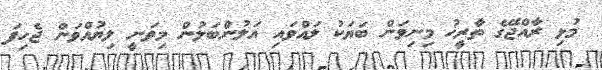
މުޅި ރާއްޖޭގެ ތާރީޚު މިނިވަން ބަޔަކު ލައްވައި އަލުންބަލުން މިވަނީ ލިޔުއްވަން ޖެހިފަ